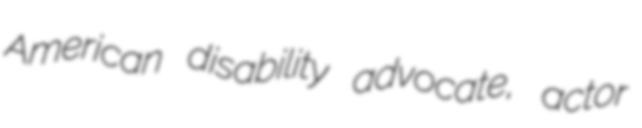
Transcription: American disability advocate, actor